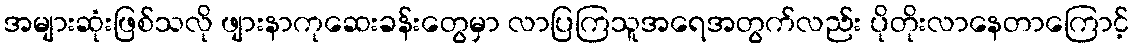
အများဆုံးဖြစ်သလို ဖျားနာကုဆေးခန်းတွေမှာ လာပြကြသူအရေအတွက်လည်း ပိုတိုးလာနေတာကြောင့်